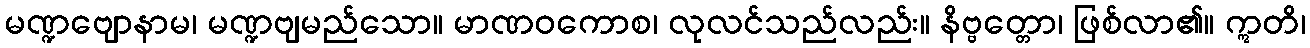
မဏ္ဍဗျောနာမ၊ မဏ္ဍဗျမည်သော။ မာဏဝကောစ၊ လုလင်သည်လည်း။ နိဗ္ဗတ္တော၊ ဖြစ်လာ၏။ ဣတိ၊